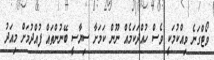
ވޯޓްގަނެ ވިއްކުމަކީ ވެސް ހުއްދަކަމެއް ނޫން ކަމަށާ ސިޔާސީ ބޭނުންތައް ފުއްދުމަށް މިއަދު